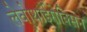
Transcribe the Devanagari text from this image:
लेवोथाईरोक्सिन